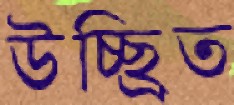
উচ্ছ্রিত